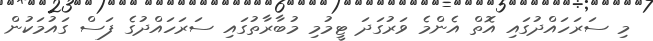
މި ސަރަހައްދުގައި އޮތް އެންމެ ވަރުގަދަ ޓީމުމި މުބާރާތުގައި ސަރަހައްދުގެ ފަސް ގައުމަކުން